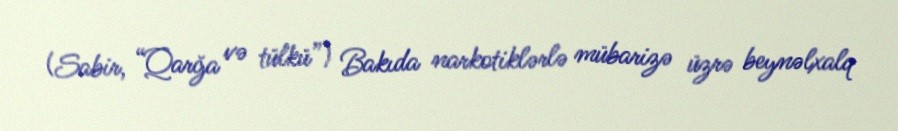
(Sabir, “Qarğa və tülkü”) Bakıda narkotiklərlə mübarizə üzrə beynəlxalq